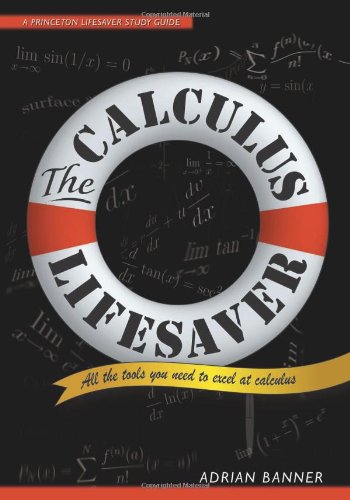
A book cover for The Calculus Lifesaver: All the Tools You Need to Excel at Calculus (Princeton Lifesaver Study Guides); Adrian Banner; Science & Math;